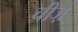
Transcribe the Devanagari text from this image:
चीजे़ें